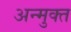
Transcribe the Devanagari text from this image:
अन्मुक्त